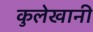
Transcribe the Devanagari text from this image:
कुलेखानी